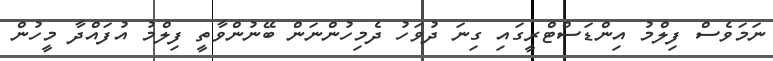
ނަމަވެސް ފިލްމު އިންޑަސްޓްރީގައި ގިނަ ދުވަހު ދެމިހުންނަން ބޭނުންވާތީ ފިލްމު އުފައްދާ މީހުން